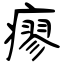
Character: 瘳